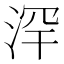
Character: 浫